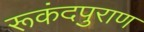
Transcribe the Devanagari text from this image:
रूकंदपुराण